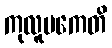
ကုလူပကေတိ